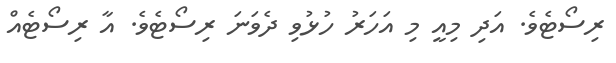
ރިސޯޓެވެ. އަދި މިއީ މި އަހަރު ހުޅުވި ދެވަނަ ރިސޯޓެވެ. އާ ރިސޯޓެއް